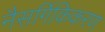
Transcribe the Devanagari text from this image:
नैसर्गिकिकरण